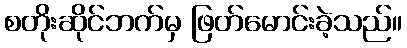
စတိုးဆိုင်ဘက်မှ ဖြတ်မောင်းခဲ့သည်။